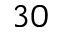
3 0